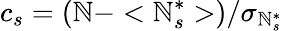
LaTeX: c_{s}=(\mathbb{N}-<\mathbb{N}_{s}^{\ast}>)/{\sigma_{\mathbb{N}_{s}^{\ast}}}